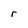
Character: r